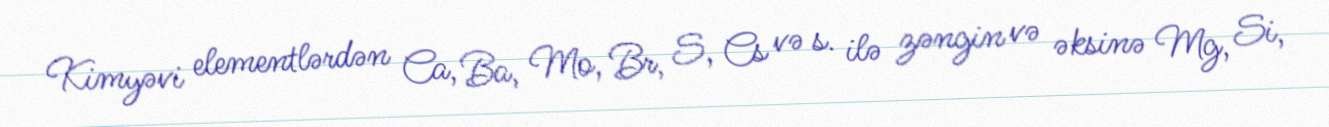
Kimyəvi elementlərdən Ca, Ba, Mo, Br, S, Cs və s. ilə zəngin və əksinə Mg, Si,